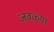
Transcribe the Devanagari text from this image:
जवळ्या